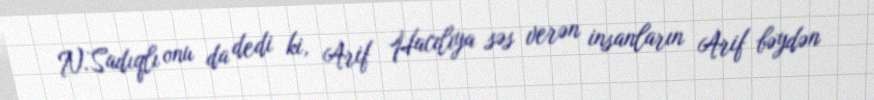
N.Sadıqlı onu da dedi ki, Arif Hacılıya səs verən insanların Arif bəydən